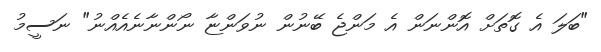
"ބަލަ އެ ގޮތަށް އޮންނަން އެ މަންޖެ ބޭނުން ނުވަންޏާ ނޯންނާނެއެއްނު" ނަސީމު